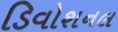
ડિવોશનલ